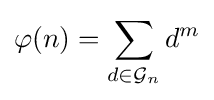
\varphi (n)=\sum _{d\in {\mathcal {G}}_{n}}d^{m}